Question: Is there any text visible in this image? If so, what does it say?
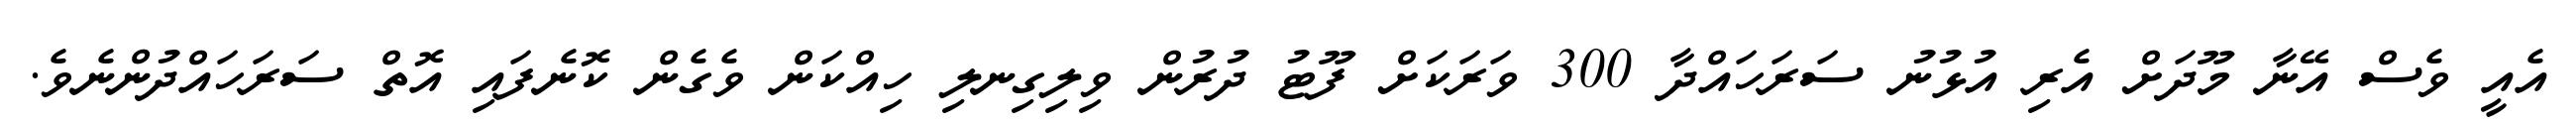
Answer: އެއީ ވެސް އޭނާ މޫދަށް އެރި އުޅުނު ސަރަހައްދާ 300 ވަރަކަށް ފޫޓު ދުރުން ވިލިގިނލި ހިއްކަން ވެގެން ކޮނެފައި އޮތް ސަރަހައްދުންނެވެ.